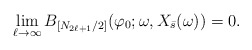
\begin{align*}\lim _{\ell \to\infty} B_{\left[N_{2\ell +1}/2\right]} (\varphi _0;\omega , X_{\bar s}(\omega)) =0.\end{align*}